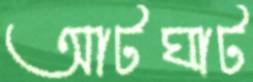
আটঘাট